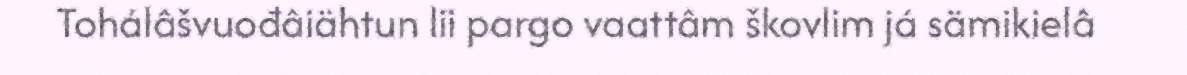
Tohálâšvuođâiähtun lii pargo vaattâm škovlim já sämikielâ